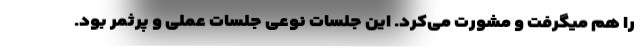
را هم میگرفت و مشورت می‌کرد. این جلسات نوعی جلسات عملی و پرثمر بود.